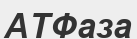
АТФаза